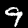
Digit: 9